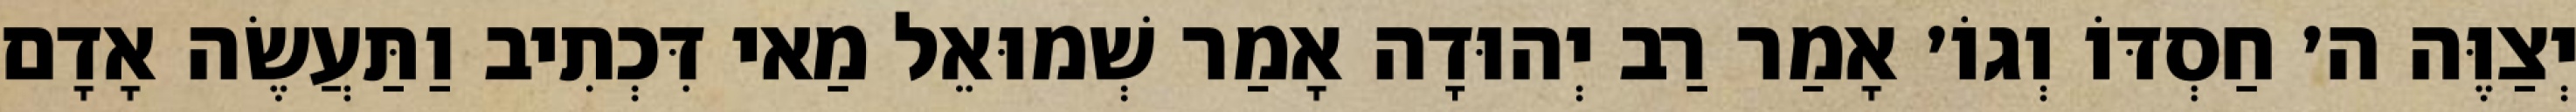
יְצַוֶּה ה׳ חַסְדּוֹ וְגוֹ׳ אָמַר רַב יְהוּדָה אָמַר שְׁמוּאֵל מַאי דִּכְתִיב וַתַּעֲשֶׂה אָדָם